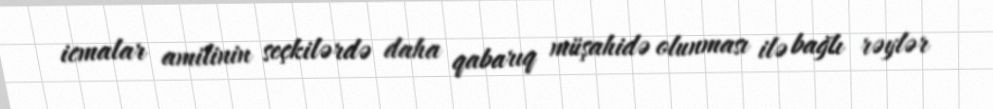
icmalar amilinin seçkilərdə daha qabarıq müşahidə olunması ilə bağlı rəylər